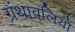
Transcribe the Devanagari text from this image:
ग्रंथावलियों